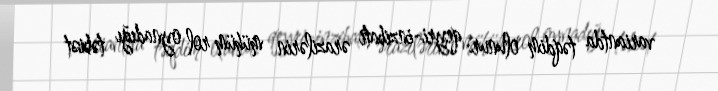
variantda təqdim olunur: qeyri-inzibati ərazilərin mühüm rol oynadığı təbiət